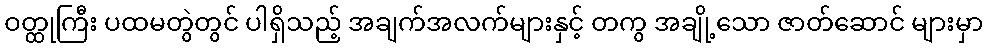
ဝတ္ထုကြီး ပထမတွဲတွင် ပါရှိသည့် အချက်အလက်များနှင့် တကွ အချို့သော ဇာတ်ဆောင် များမှာ